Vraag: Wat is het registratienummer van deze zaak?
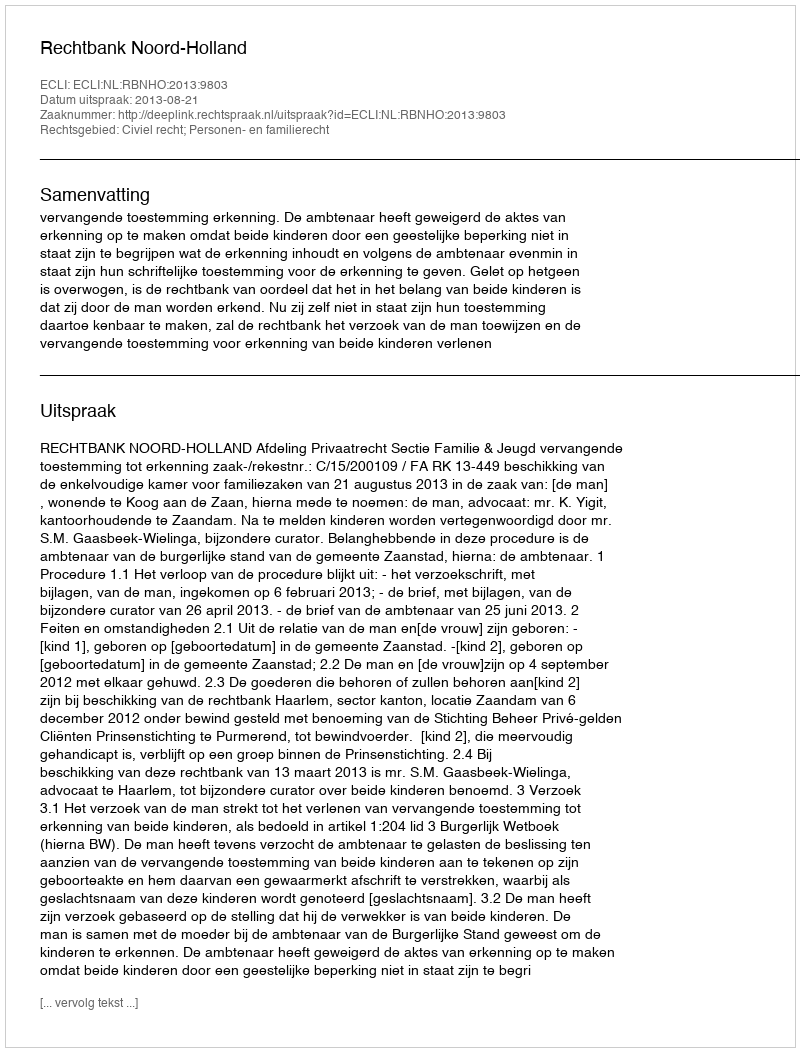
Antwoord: http://deeplink.rechtspraak.nl/uitspraak?id=ECLI:NL:RBNHO:2013:9803